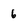
Character: 6